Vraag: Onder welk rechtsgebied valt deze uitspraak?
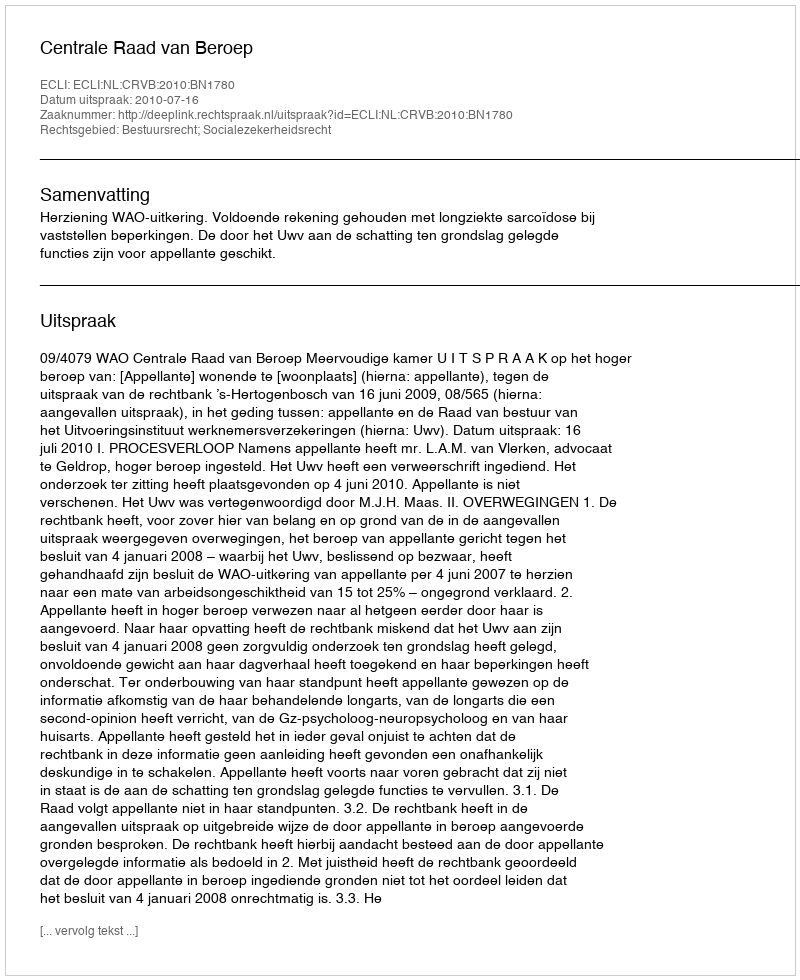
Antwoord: Bestuursrecht; Socialezekerheidsrecht